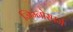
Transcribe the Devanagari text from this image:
जिम्‍नोस्‍पर्म